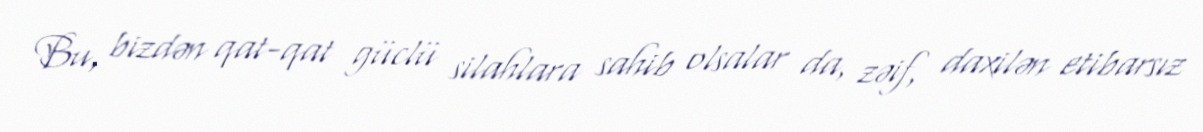
Bu, bizdən qat-qat güclü silahlara sahib olsalar da, zəif, daxilən etibarsız